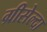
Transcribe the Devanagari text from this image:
ग्रीसेल्दा